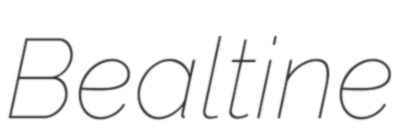
Bealtine